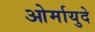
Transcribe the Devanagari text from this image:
ओर्मायुदे